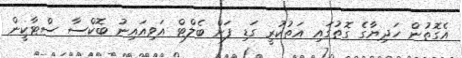
އެގޮތުން ހަދިޔާގެ ގޮތުގައި އަތުކުރީ ގަޑި ފަށް ބެލްޓް އަވިއައިނު ބޮކްސާ ސްޓާކީން